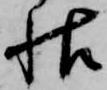
帖